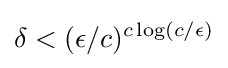
\delta <(\epsilon /c)^{c\log(c/\epsilon )}